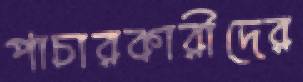
পাচারকারীদের